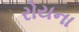
રોયના